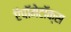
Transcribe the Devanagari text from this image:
ऍपॉमेटॉक्स